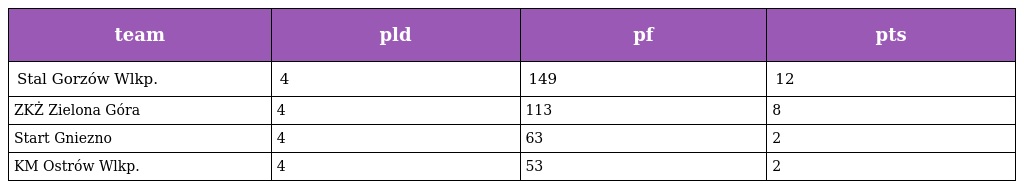
| team | pld | pf | pts |
 | --- | --- | --- | --- |
 | Stal Gorzów Wlkp. | 4 | 149 | 12 |
 | ZKŻ Zielona Góra | 4 | 113 | 8 |
 | Start Gniezno | 4 | 63 | 2 |
 | KM Ostrów Wlkp. | 4 | 53 | 2 |